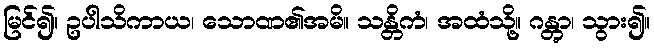
မြင်၍။ ဥပါသိကာယ၊ သောဏ၏အမိ။ သန္တိကံ၊ အထံသို့။ ဂန္တွာ၊ သွား၍။